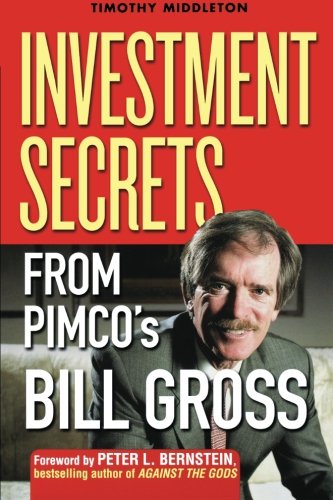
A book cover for The Bond King: Investment Secrets from PIMCO's Bill Gross; Timothy Middleton; Business & Money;